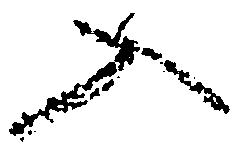
入